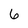
Character: 6